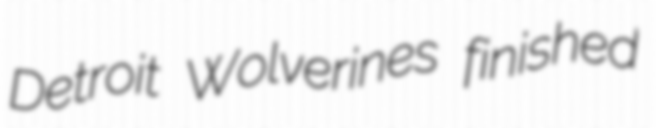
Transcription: Detroit Wolverines finished